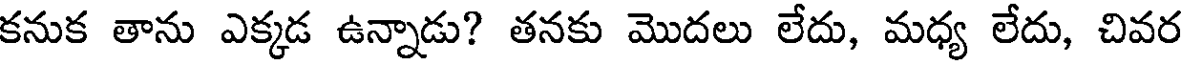
కనుక తాను ఎక్కడ ఉన్నాడు? తనకు మొదలు లేదు, మధ్య లేదు, చివర